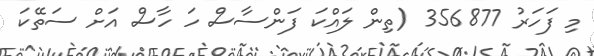
މި ފަހަރު 356877 (ތިން ލައްކަ ފަންސާސް ހަ ހާސް އަށް ސަތޭކަ